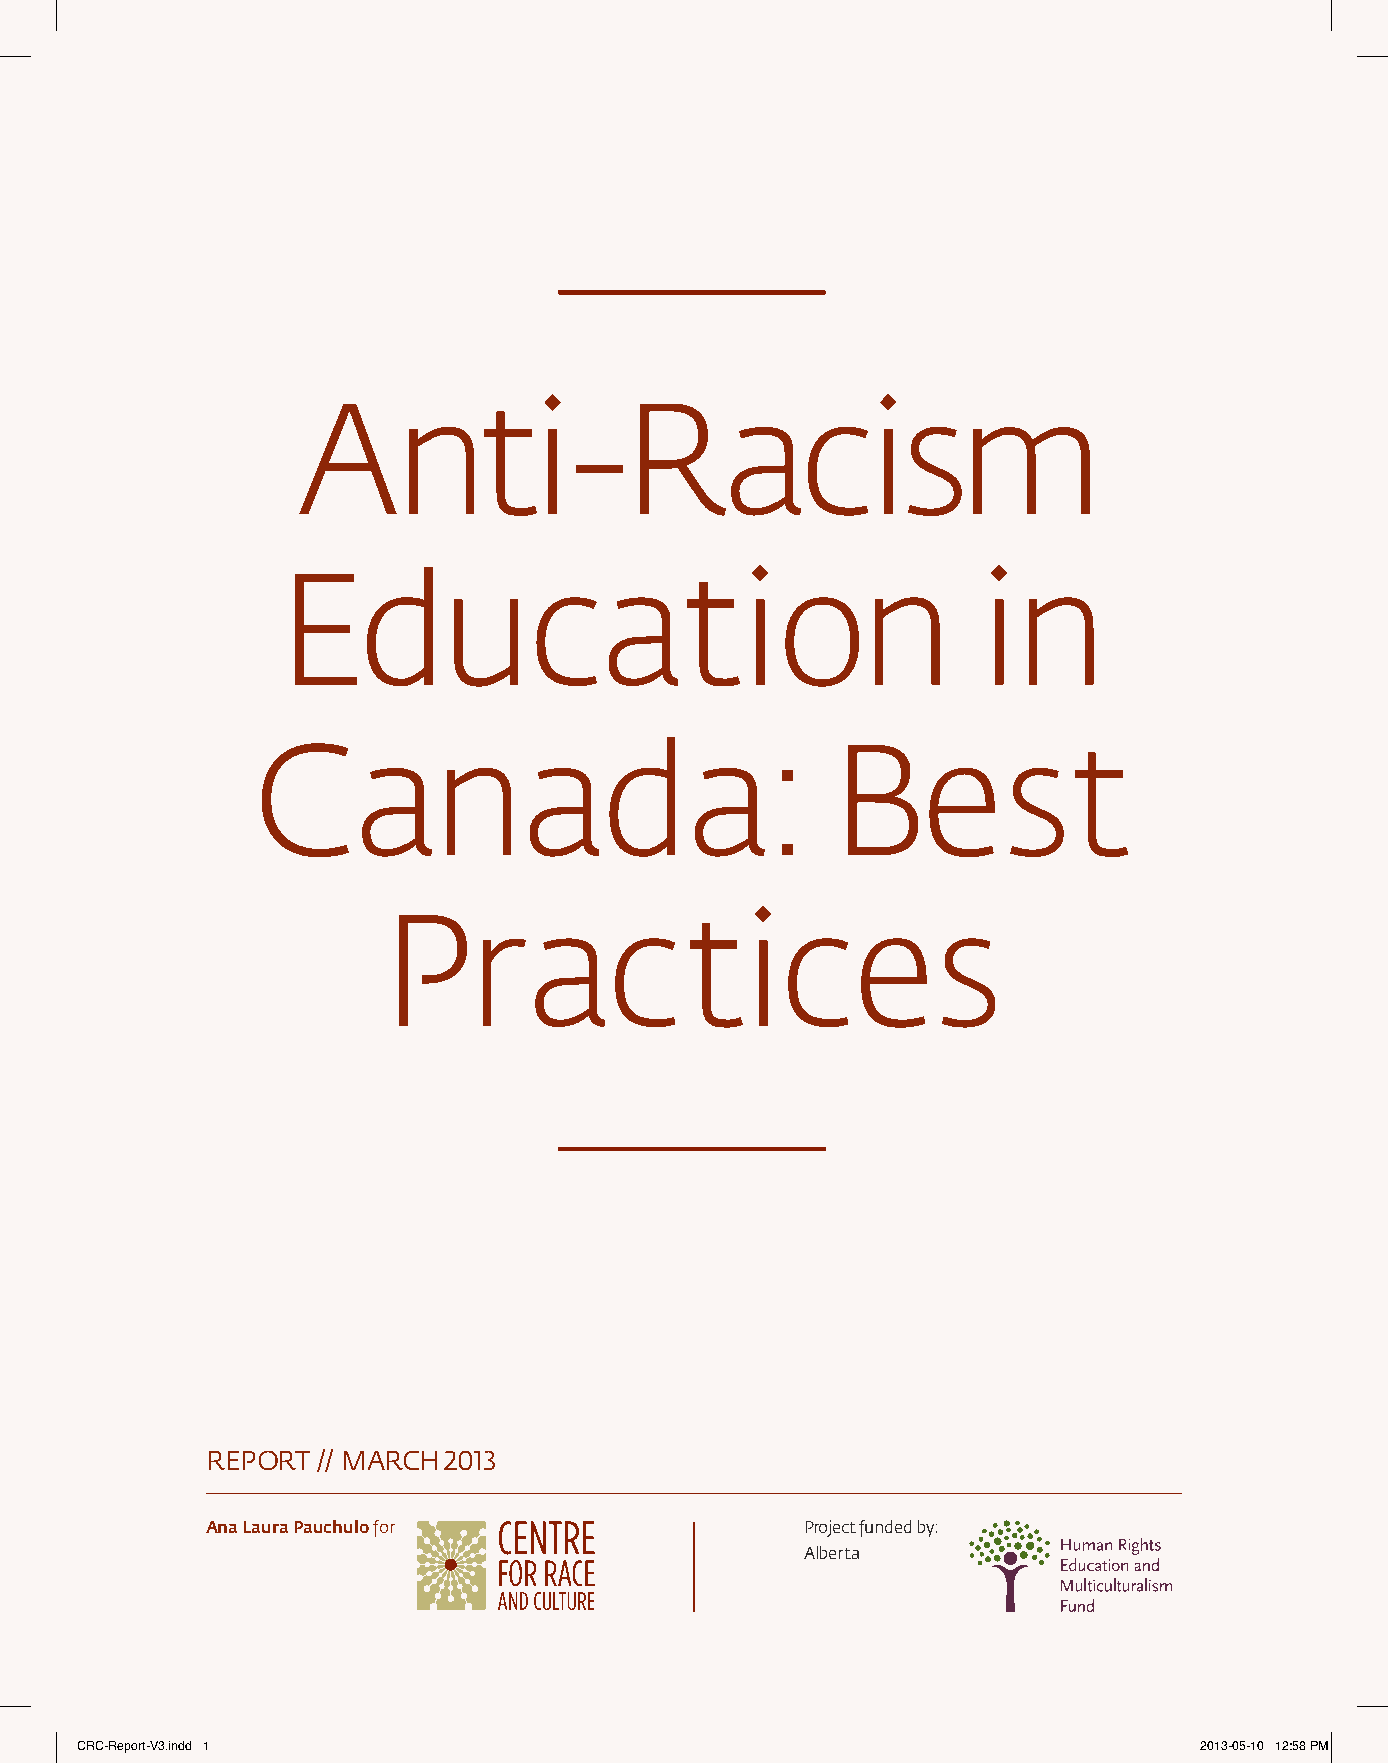
Anti-Racism
 Education                                      in
 Canada:                               Best
 Practices
 RepoRt // maRch 2013
 Ana Laura Pauchulo for                 project funded by:
 alberta
 CRC-Report-V3.indd 1                                                      2013-05-10 12:58 PM